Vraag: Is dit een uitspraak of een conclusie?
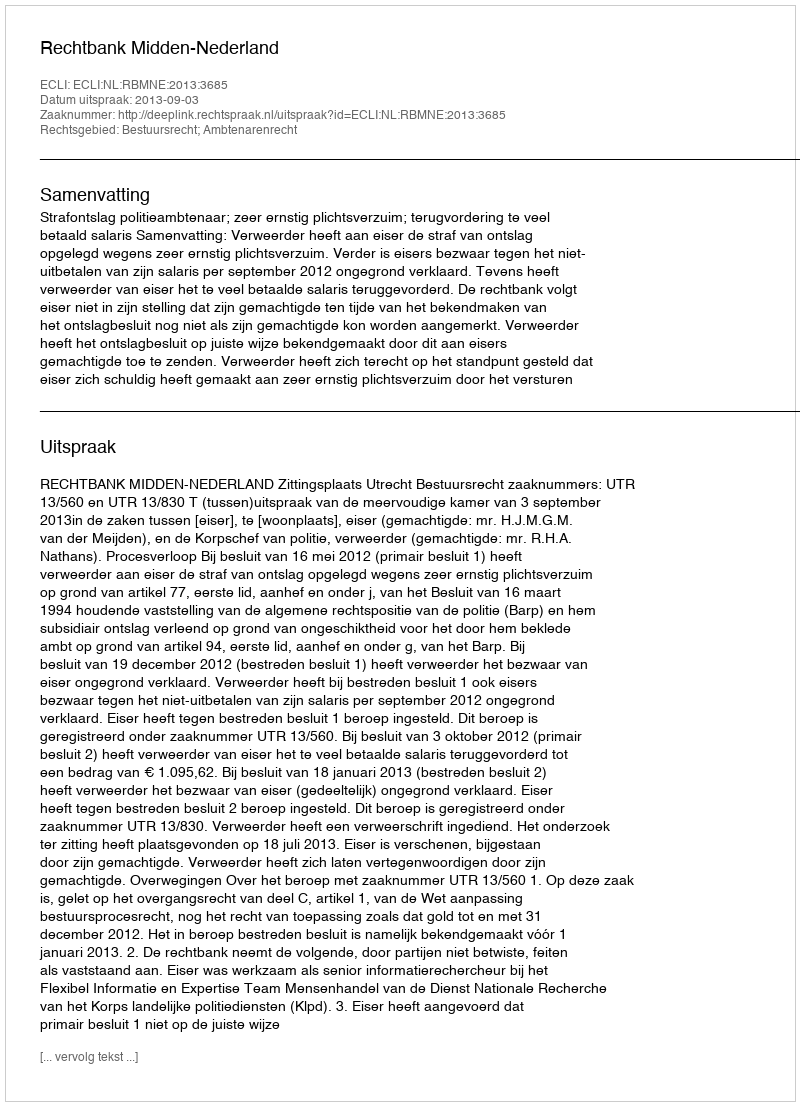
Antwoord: Uitspraak